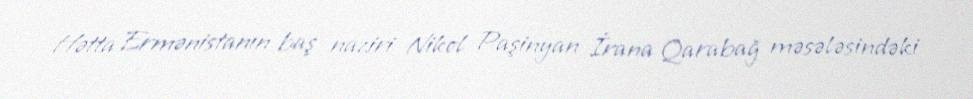
Hətta Ermənistanın baş naziri Nikol Paşinyan İrana Qarabağ məsələsindəki